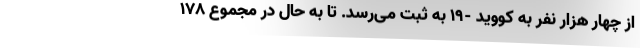
از چهار هزار نفر به کووید -۱۹ به ثبت می‌رسد. تا به حال در مجموع ۱۷۸